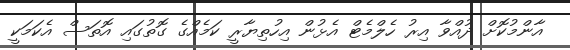
އާންމުކޮށް ދުއްވާ އިރު ހެލްމެޓް އެޅުން އިހުތިޔާރީ ކަމެއްގެ ގޮތުގައި އޮތަސް އެކަމަކީ